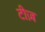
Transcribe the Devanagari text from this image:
टीज़